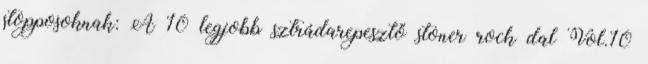
stopposoknak: A 10 legjobb sztrádarepesztő stoner rock dal Vol.10